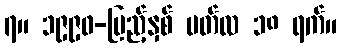
၇။ ၁၉၉၀-ပြည့်နှစ် မတ်လ ၁၈ ရက်။